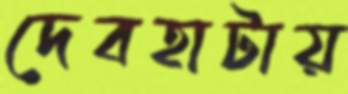
দেবহাটায়